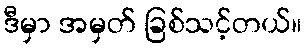
ဒီမှာ အမှတ် ခြစ်သင့်တယ်။